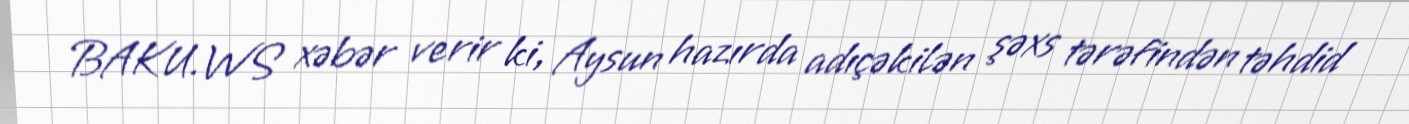
BAKU.WS xəbər verir ki, Aysun hazırda adıçəkilən şəxs tərəfindən təhdid